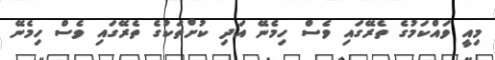
މިއީ ވައްކަމުގެ ތެރޭގައި ވެސް ހިމެނޭ އަދި ކުށްތަކުގެ ތެރޭގައި ވެސް ހިމެނޭ